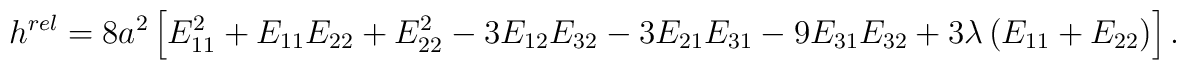
h^{rel} = 8 a^2 \left[E_{11}^2 + E_{11} E_{22} + E_{22}^2 - 3 E_{12} E_{32}  - 3 E_{21} E_{31} - 9 E_{31} E_{32} + 3 \lambda \left(E_{11} + E_{22}\right)  \right].